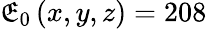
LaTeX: \mathfrak{E}_{0}\left(x,y,z\right)=208